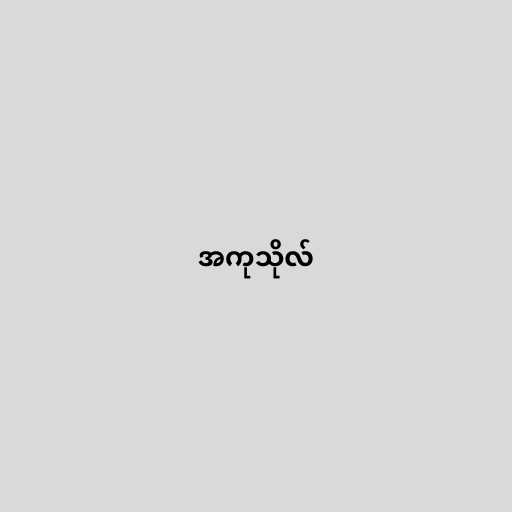
အကုသိုလ်